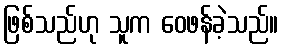
ဖြစ်သည်ဟု သူက ဝေဖန်ခဲ့သည်။